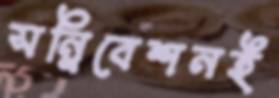
সন্নিবেশনই